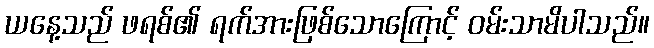
ယနေ့သည် ဖရစ်၏ ရက်အားဖြစ်သောကြောင့် ဝမ်းသာမိပါသည်။